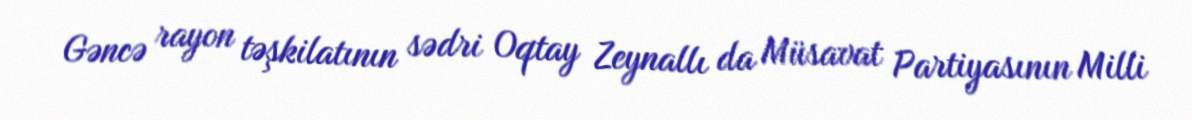
Gəncə rayon təşkilatının sədri Oqtay Zeynallı da Müsavat Partiyasının Milli